Vaccination Hyderabad 1872-1889 - 1872-1889
Year: 1872
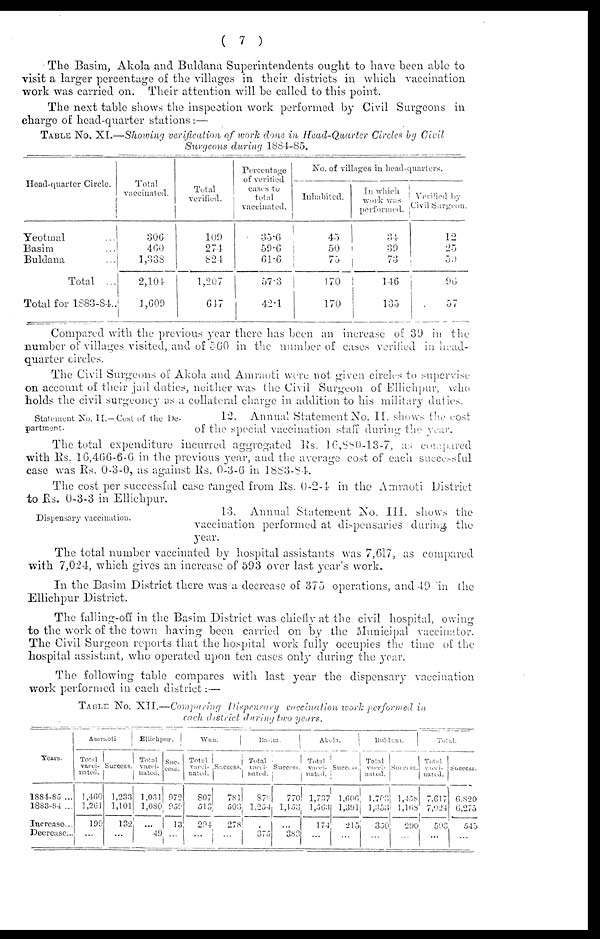
( 7 )
The Basim, Akola and Buldana Superintendents ought to have been able to
visit a larger percentage of the villages in their districts in which vaccination
work was carried on. Their attention will be called to this point.
The next table shows the inspection work performed by Civil Surgeons in
charge of head-quarter stations:—
TABLE No. XI.—Showing verification of work done in Head-Quarter Circles by Civil
Surgeons during 1884-85.
Head-quarter Circle.
Yeotmal ...
Basim ...
Buldana ...
Total ...
Total for 1883-84..
Total
vaccinated.
306
460
1,333
2,104
1,609
Total
verified.
109
274
824
1,207
647
Percentage
of verified
cases to
total
vaccinated.
35.6
59.6
61.6
57.3
42.1
No. of villages in head-quarters.
Inhabited.
45
50
75
170
170
In which
work was
performed.
34
39
73
146
135
Verified by
Civil Sargeon.
12
25
59
96
57
Compared with the previous year there has been an increase of 39 in the
number of villages visited, and of 560 in the number of cases verified in head-
quarter circles.
The Civil Surgeons of Akola and Amraoti were not given circles to supervise
on account of their jail duties, neither was the Civil Surgeon of Ellichpur, who
holds the civil surgeoncy as a collateral charge in addition to his military duties.
Statement No. II.—Cost of the De-
partment.
12. Annual Statement No. II. shows the cost
of the special vaccination staff during the year.
The total expenditure incurred aggregated Rs. 16,880-13-7, as compared
with Rs. 16,466-6-6 in the previous year, and the average cost of each successful
case was Rs. 0-3-0, as against Rs. 0-3-6 in 1883-84.
The cost per successful case ranged from Rs. 0-2-4 in the Amraoti District
to Rs. 0-3-3 in Ellichpur.
Dispensary vaccination.
13. Annual Statement No. III. shows the
vaccination performed at dispensaries during the
year.
The total number vaccinated by hospital assistants was 7,617, as compared
with 7,024, which gives an increase of 593 over last year's work.
In the Basim District there was a decrease of 375 operations, and 49 in the
Ellichpur District.
The falling-off in the Basim District was chiefly at the civil hospital, owing
to the work of the town having been carried on by the Municipal vaccinator.
The Civil Surgeon reports that the hospital work fully occupies the time of the
hospital assistant, who operated upon ten cases only during the year.
The following table compares with last year the dispensary vaccination
work performed in each district:—
TABLE No. XII.—Comparing Dispensary
vaccination work performed in
each district during two years.
Years.
1884-85 ...
1883-84 ...
Increase ...
Decrease...
Amraoti
Total
vacci-
nated.
1,460
1,261
190
...
Success.
1,233
1,101
132
...
Ellichpur.
Total
vacci¬
nated.
1,031
1,080
...
49
Suc¬
cess.
972
859
13
...
Wun.
Total
Vacci¬
nated.
807
513
294
...
Success.
781
503
278
...
Basim.
Total
vacci¬
nated.
379
1,254
...
375
Success.
770
1,153,
...
383
Akola.
Total
vacci¬
nated.
1,737
1,563
174
...
Success.
1,606
1,391
215
...
Buldana.
Total
vacci¬
nated.
1,703
1,353
350
...
Success.
1,458
1,168
290
...
Total.
Total
vacci¬
nated.
7,617
7,024
593
...
Success.
6,820
6,275
545
...